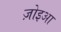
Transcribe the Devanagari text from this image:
ज़ोइआ